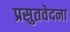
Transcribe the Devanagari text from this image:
प्रसुतवेदना